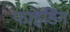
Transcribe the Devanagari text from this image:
फाइडिंग